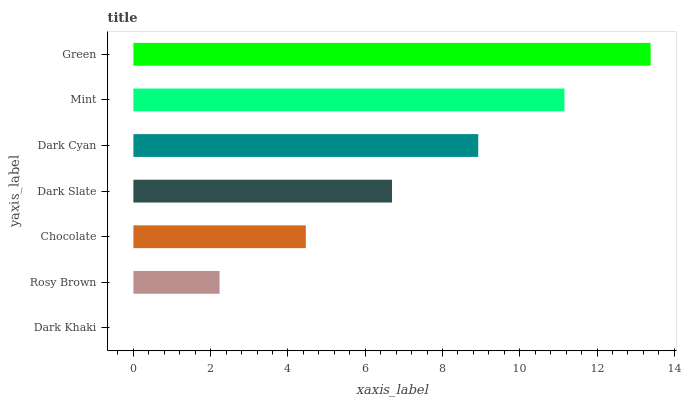
| yaxis_label | bars |
 | --- | --- |
 | Dark Khaki | 0 |
 | Rosy Brown | 2.23 |
 | Chocolate | 4.46 |
 | Dark Slate | 6.69 |
 | Dark Cyan | 8.93 |
 | Mint | 11.2 |
 | Green | 13.4 |